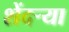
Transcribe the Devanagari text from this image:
शेंदऱ्या